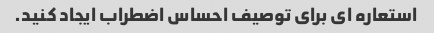
استعاره ای برای توصیف احساس اضطراب ایجاد کنید.